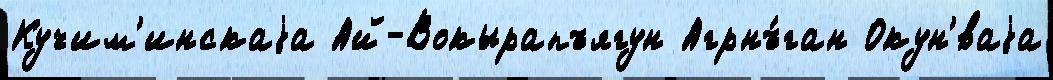
Кучим'инскаjа Ай-Вокырапъягун Агрнъ́ган Окун'́ваjа